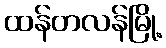
ထန်တလန်မြို့